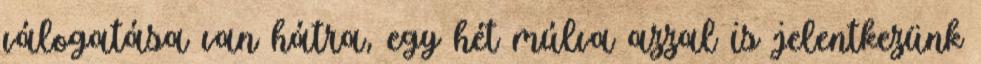
válogatása van hátra, egy hét múlva azzal is jelentkezünk